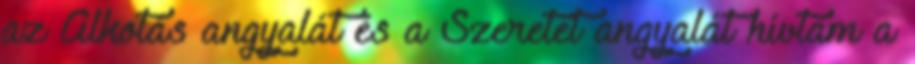
az Alkotás angyalát és a Szeretet angyalát hívtam a